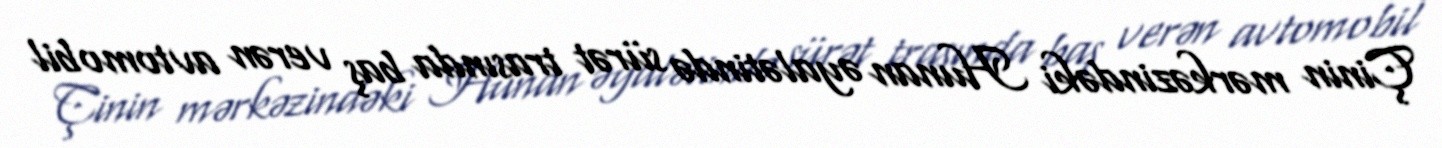
Çinin mərkəzindəki Hunan əyalətində sürət trasında baş verən avtomobil